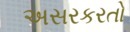
અસરકરતો